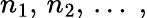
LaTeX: n_{1},\, n_{2},\, \ldots\; ,